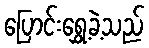
ပြောင်းရွှေ့ခဲ့သည်